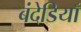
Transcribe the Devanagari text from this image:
बंदेडियाँ